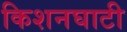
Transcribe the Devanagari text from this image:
किशनघाटी